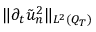
\lVert \partial _ { t } \tilde { u } _ { n } ^ { 2 } \rVert _ { L ^ { 2 } ( Q _ { T } ) }